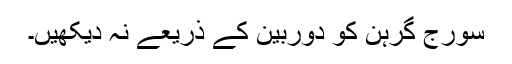
سورج گرہن کو دوربین کے ذریعے نہ دیکھیں۔